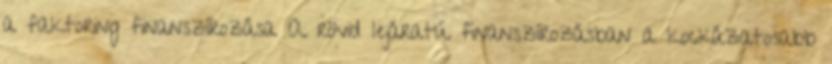
a faktoring finanszírozása A rövid lejáratú finanszírozásban a kockázatosabb